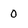
Character: 0